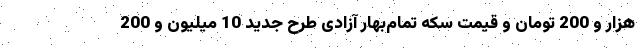
هزار و 200 تومان و قیمت سکه تمام‌بهار آزادی طرح جدید 10 میلیون و 200